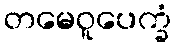
တမေဝူပေက္ခံ